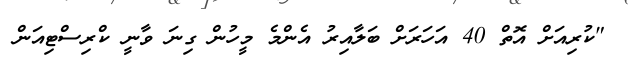
"ކުރިއަށް އޮތް 40 އަހަރަށް ބަލާއިރު އެންމެ މީހުން ގިނަ ވާނީ ކްރިސްޓިއަން